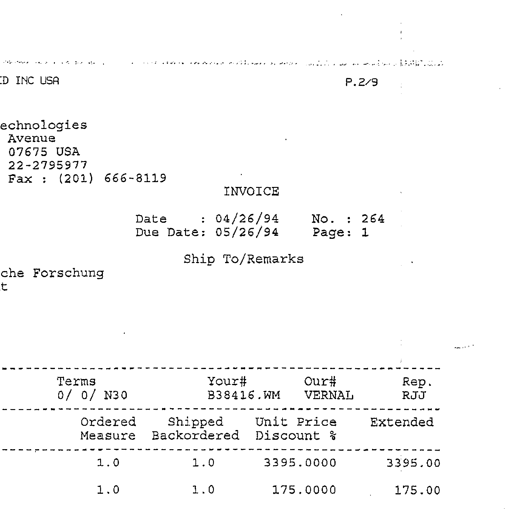
ED INC USA
P.2/9
echnologies
Avenue
07675 USA
22-2795977
Fax : (201) 666-8119
INVOICE
Date : 04/26/94
Due Date: 05/26/94
No. : 264
Page: 1
Ship To/Remarks
che Forschung
t
Terms
0/ 0/ N30
Your#
B38416.WM
Our#
VERNAL
Rep.
RJJ
Ordered
Measure
Shipped
Backordered
Unit Price
Discount %
Extended
1.0
1.0
3395.0000
3395.00
1.0
1.0
175.0000
175.00